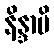
နိန္ဒာပိ